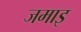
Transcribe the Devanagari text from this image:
जमाइ